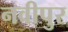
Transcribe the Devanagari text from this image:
नवीपुर